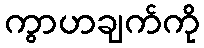
ကွာဟချက်ကို